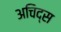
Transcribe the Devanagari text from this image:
अचिद्स